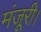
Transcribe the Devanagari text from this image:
मंजूरी।